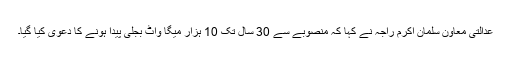
عدالتی معاون سلمان اکرم راجہ نے کہا کہ منصوبے سے 30 سال تک 10 ہزار میگا واٹ بجلی پیدا ہونے کا دعویٰ کیا گیا۔